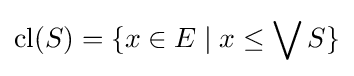
\operatorname {cl} (S)=\{x\in E\mid x\leq \bigvee S\}